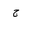
Letter: _gim